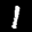
Label: 1